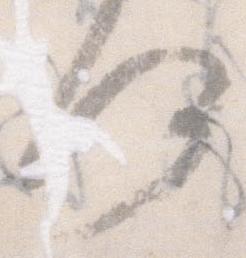
何